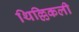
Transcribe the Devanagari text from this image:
थिल्लिकली